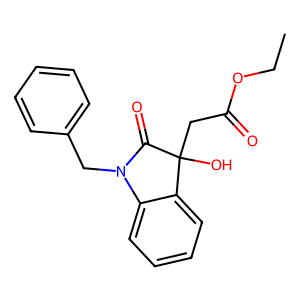
SMILES: CCOC(=O)CC1(O)C(=O)N(Cc2ccccc2)c2ccccc21
Inhibits HIV replication: No